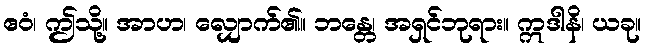
ဧဝံ၊ ဤသို့။ အာဟ၊ လျှောက်၏။ ဘန္တေ၊ အရှင်ဘုရား။ ဣဒါနိ၊ ယခု။